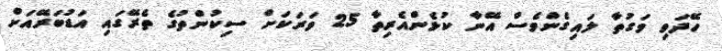
ހޭދަވި ވަގުތާ ލައިގެންވެސް އޭނާ ކުޅެންއެރިތާ 25 ވަރަކަށް ސިކުންތުގެ ތެރޭގައި އަޑުބަރޭއަށް